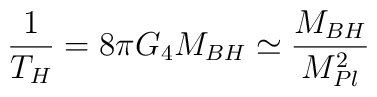
\frac{1}{T_H}=8\pi G_4M_{BH} \simeq \frac{M_{BH}}{M_{Pl}^2}